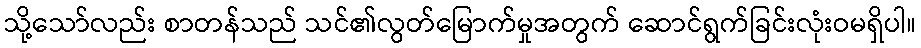
သို့သော်လည်း စာတန်သည် သင်၏လွတ်မြောက်မှုအတွက် ဆောင်ရွက်ခြင်းလုံးဝမရှိပါ။